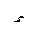
Letter: _hamza